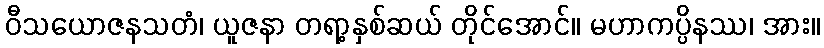
ဝီသယောဇနသတံ၊ ယူဇနာ တရာ့နှစ်ဆယ် တိုင်အောင်။ မဟာကပ္ပိနဿ၊ အား။